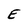
Character: E